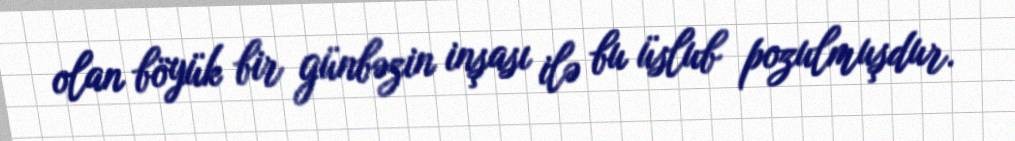
olan böyük bir günbəzin inşası ilə bu üslub pozulmuşdur.